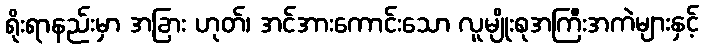
ရိုးရာနည်းမှာ အခြား ဟုတ်၊ အင်အားကောင်းသော လူမျိုးစုအကြီးအကဲများနှင့်